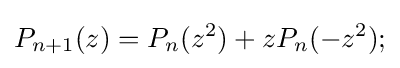
P_{n+1}(z)=P_{n}(z^{2})+zP_{n}(-z^{2});